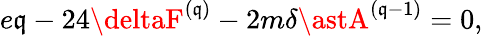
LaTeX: e\mathfrak{q}-24\deltaF^{(\mathfrak{q})}-2m\delta\astA^{(\mathfrak{q}-1)}=0,